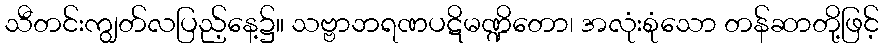
သီတင်းကျွတ်လပြည့်နေ့၌။ သဗ္ဗာဘရဏပဋိမဏ္ဍိတော၊ အလုံးစုံသော တန်ဆာတို့ဖြင့်